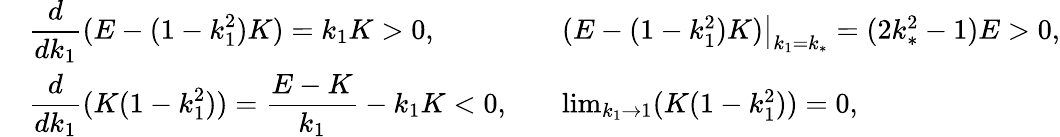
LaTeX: \begin{array}{rlrl}&{\displaystyle\frac{d}{dk_{1}}(E-(1-k_{1}^{2})K)=k_{1}K>0,}&&{\left.(E-(1-k_{1}^{2})K)\right|_{k_{1}=k_{*}}=(2k_{*}^{2}-1)E>0,}\\ &{\displaystyle\frac{d}{dk_{1}}(K(1-k_{1}^{2}))=\frac{E-K}{k_{1}}-k_{1}K<0,}&&{\operatorname*{lim}_{k_{1}\to 1}(K(1-k_{1}^{2}))=0,}\end{array}